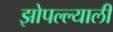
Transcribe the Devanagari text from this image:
झोपल्ल्याली